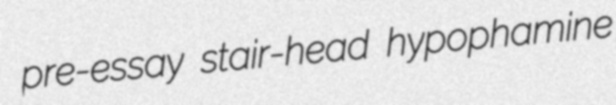
pre-essay stair-head hypophamine